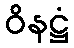
ဝိနဋ္ဌံ